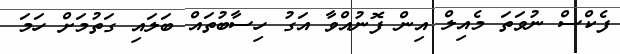
ފެކްސް ނުވަތަ މެއިލް އިން ފޮނުއްވާ އަގު ހިސާބުތައް ބަލައި ގަތުމަށް ހަމަ